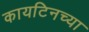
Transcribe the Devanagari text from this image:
कायटिनच्या